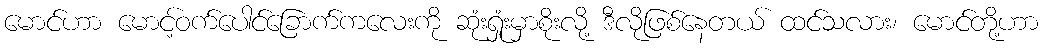
မောင်ဟာ မောင့်ဝက်ပေါင်ခြောက်ကလေးကို ဆုံးရှုံးမှာစိုးလို့ ဒီလိုဖြစ်နေတယ် ထင်သလား၊ မောင်တို့ဟာ